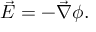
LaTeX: { \vec { E } } = - { \vec { \nabla } } \phi .